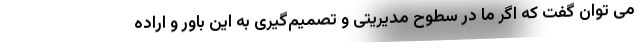
می توان گفت که اگر ما در سطوح مدیریتی و تصمیم‌گیری به این باور و اراده